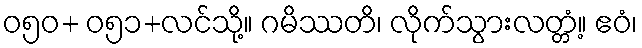
ဝ၅၀+ ဝ၅၁+လင်သို့။ ဂမိဿတိ၊ လိုက်သွားလတ္တံ့။ ဧဝံ၊